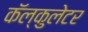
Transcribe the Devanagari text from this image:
कॅल्कुलेटर